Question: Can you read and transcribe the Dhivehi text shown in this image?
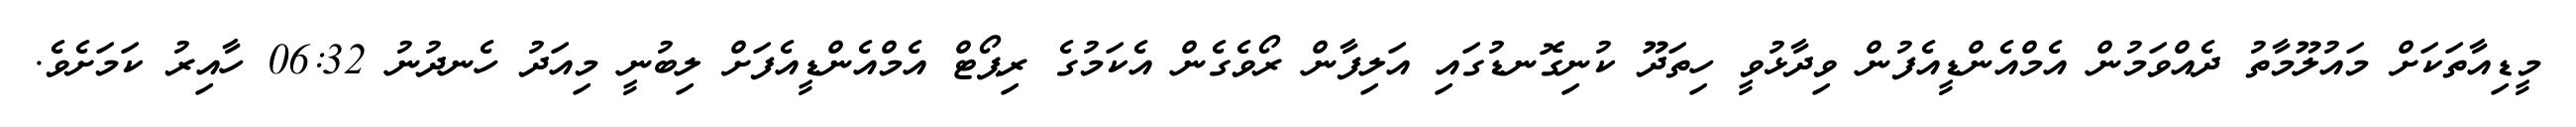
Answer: މީޑިއާތަކަށް މައުލޫމާތު ދެއްވަމުން އެމްއެންޑީއެފުން ވިދާޅުވީ ހިތަދޫ ކުނިގޮނޑުގައި އަލިފާން ރޯވެގެން އެކަމުގެ ރިޕޯޓް އެމްއެންޑީއެފަށް ލިބުނީ މިއަދު ހެނދުނު 06:32 ހާއިރު ކަމަށެވެ.